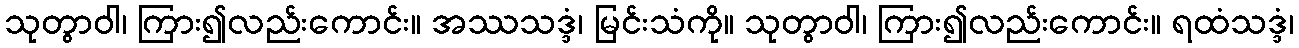
သုတွာဝါ၊ ကြား၍လည်းကောင်း။ အဿသဒ္ဒံ၊ မြင်းသံကို။ သုတွာဝါ၊ ကြား၍လည်းကောင်း။ ရထံသဒ္ဒံ၊